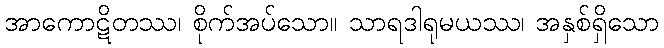
အာကောဋိတဿ၊ စိုက်အပ်သော။ သာရဒါရုမယဿ၊ အနှစ်ရှိသော